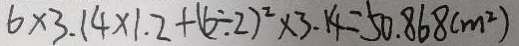
6 \times 3 . 1 4 \times 1 . 2 + ( 6 \div 2 ) ^ { 2 } \times 3 . 1 4 = 5 0 . 8 6 8 ( m ^ { 2 } )